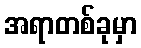
အရာတစ်ခုမှာ